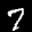
Label: 7